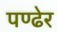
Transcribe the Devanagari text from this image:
पण्ढेर